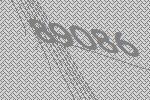
89086